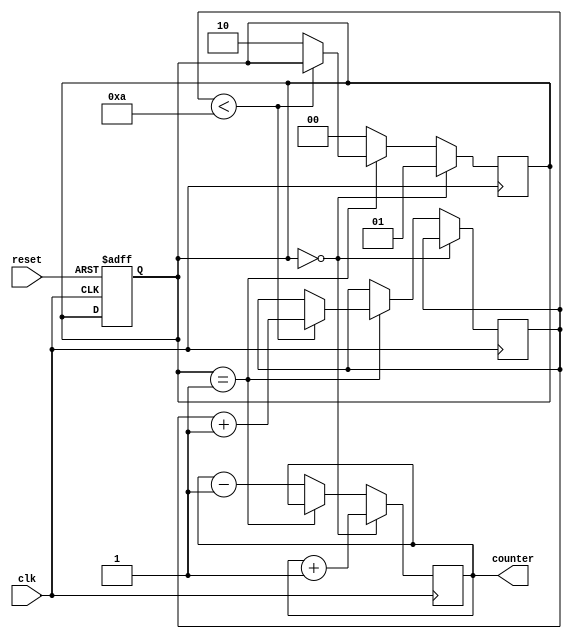
module LoopWithConditionalStatements (
    input wire clk,
    input wire reset,
    output reg [7:0] counter
);

// Initialize variables
reg [7:0] loop_count;
reg [1:0] condition;

// Reset condition
always @(posedge clk or posedge reset)
begin
    if (reset)
        condition <= 2'b00;
end

// Loop with conditional statements
always @(posedge clk)
begin
    if (condition == 2'b00) begin
        // Perform action 1
        counter <= counter + 1;
        condition <= 2'b01;
    end
    else if (condition == 2'b01) begin
        // Perform action 2
        if (loop_count < 10) begin
            loop_count <= loop_count + 1;
        end
        else begin
            condition <= 2'b10;
        end
    end
    else begin
        // Perform action 3
        counter <= counter - 1;
        condition <= 2'b00;
    end
end

endmodule